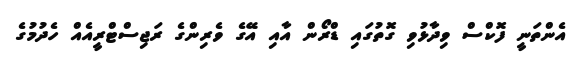
އެންތަނީ ފޮކްސް ވިދާޅުވި ގޮތުގައި ޑްރޯން އާއި އޭގެ ވެރިންގެ ރަޖިސްޓްރީއެއް ހެދުމުގެ